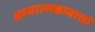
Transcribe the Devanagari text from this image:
अध्यात्मज्ञानाची